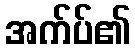
အက်ပ်၏